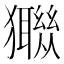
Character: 𤣈